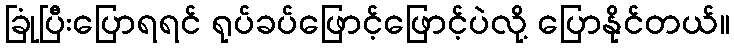
ခြုံပြီးပြောရရင် ရုပ်ခပ်ဖြောင့်ဖြောင့်ပဲလို့ ပြောနိုင်တယ်။